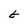
Character: t